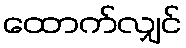
ထောက်လျှင်